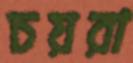
চয়রা